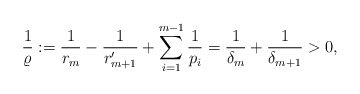
\begin{align*}\frac1{\varrho}:=\frac 1{r_m}-\frac 1{r_{m+1}'}+\sum_{i=1}^{m-1}\frac1{p_i}=\frac1{\delta_m}+\frac1{\delta_{m+1}}>0,\end{align*}